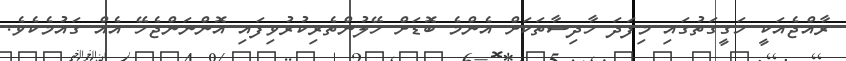
ރާއްޖެއަކީ ހަގީގަތުގައި މިފަދަ ހާދިސާތަކަށް އެންމެ ބޮޑަށް ހޭލުންތެރިކުރުވިފައި އޮންނަންޖެހޭ އެއް ގައުމެކެވެ.